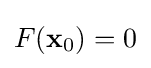
F(\mathbf {x} _{0})=0